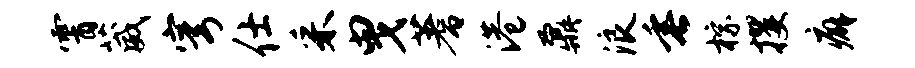
霄葳穹仕采曳蓍港鼐浪垂棕攫癖